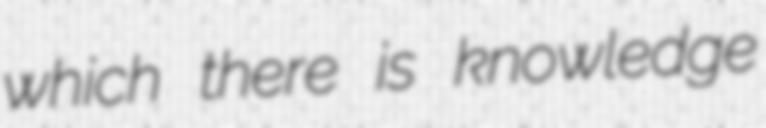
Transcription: which there is knowledge